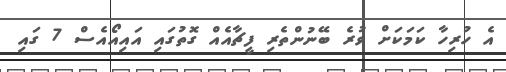
އެ ހުރިހާ ކަމަކަށް ވުރެ ބޭނުންތެރި ފީޗާއެއް ގޮތުގައި އައިއޯއެސް 7 ގައި